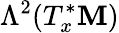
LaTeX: \Lambda^{2}(T_{x}^{*}\mathbf{M})